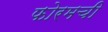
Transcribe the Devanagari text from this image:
फोरमची